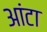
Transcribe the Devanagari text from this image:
आंटा